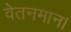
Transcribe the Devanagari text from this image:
वेतनमान।